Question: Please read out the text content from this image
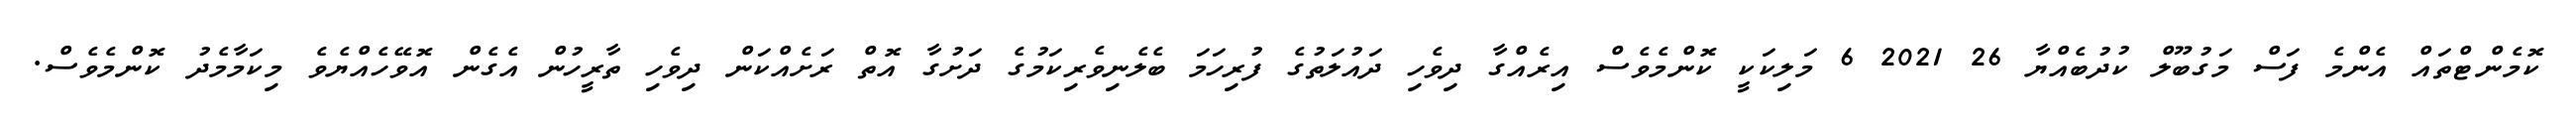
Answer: ކޮމެންޓްތައް އެންމެ ފަސް މަގުބޫލް ކުދުބެއްޔާ 26 2021 6 މަލިކަކީ ކޮންމެވެސް އިރެއްގާ ދިވެހި ދައުލަތުގެ ފުރިހަމަ ބެލެނިވެރިކަމުގެ ދަށުގާ އޮތް ރަށެއްކަން ދިވެހި ތާރީހުން އެގެން އޮވޭހެއްޔެވެ މިކަމާމެދު ކޮންމެވެސް.